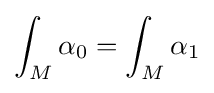
\int _{M}\alpha _{0}=\int _{M}\alpha _{1}